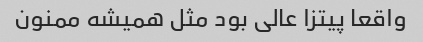
واقعا پیتزا عالی بود مثل همیشه ممنون